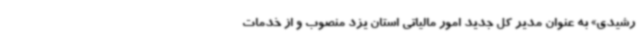
رشیدی» به عنوان مدیر کل جدید امور مالیاتی استان یزد منصوب و از خدمات